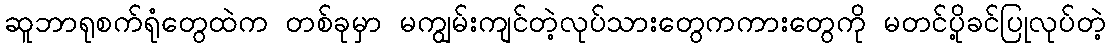
ဆူဘာရုစက်ရုံတွေထဲက တစ်ခုမှာ မကျွမ်းကျင်တဲ့လုပ်သားတွေကကားတွေကို မတင်ပို့ခင်ပြုလုပ်တဲ့